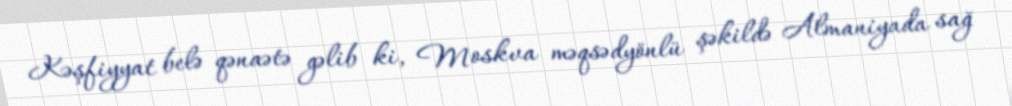
Kəşfiyyat belə qənaətə gəlib ki, Moskva məqsədyönlü şəkildə Almaniyada sağ